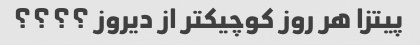
پیتزا هر روز کوچیکتر از دیروز ؟؟؟؟